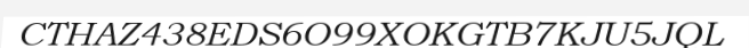
CTHAZ438EDS6O99XOKGTB7KJU5JQL